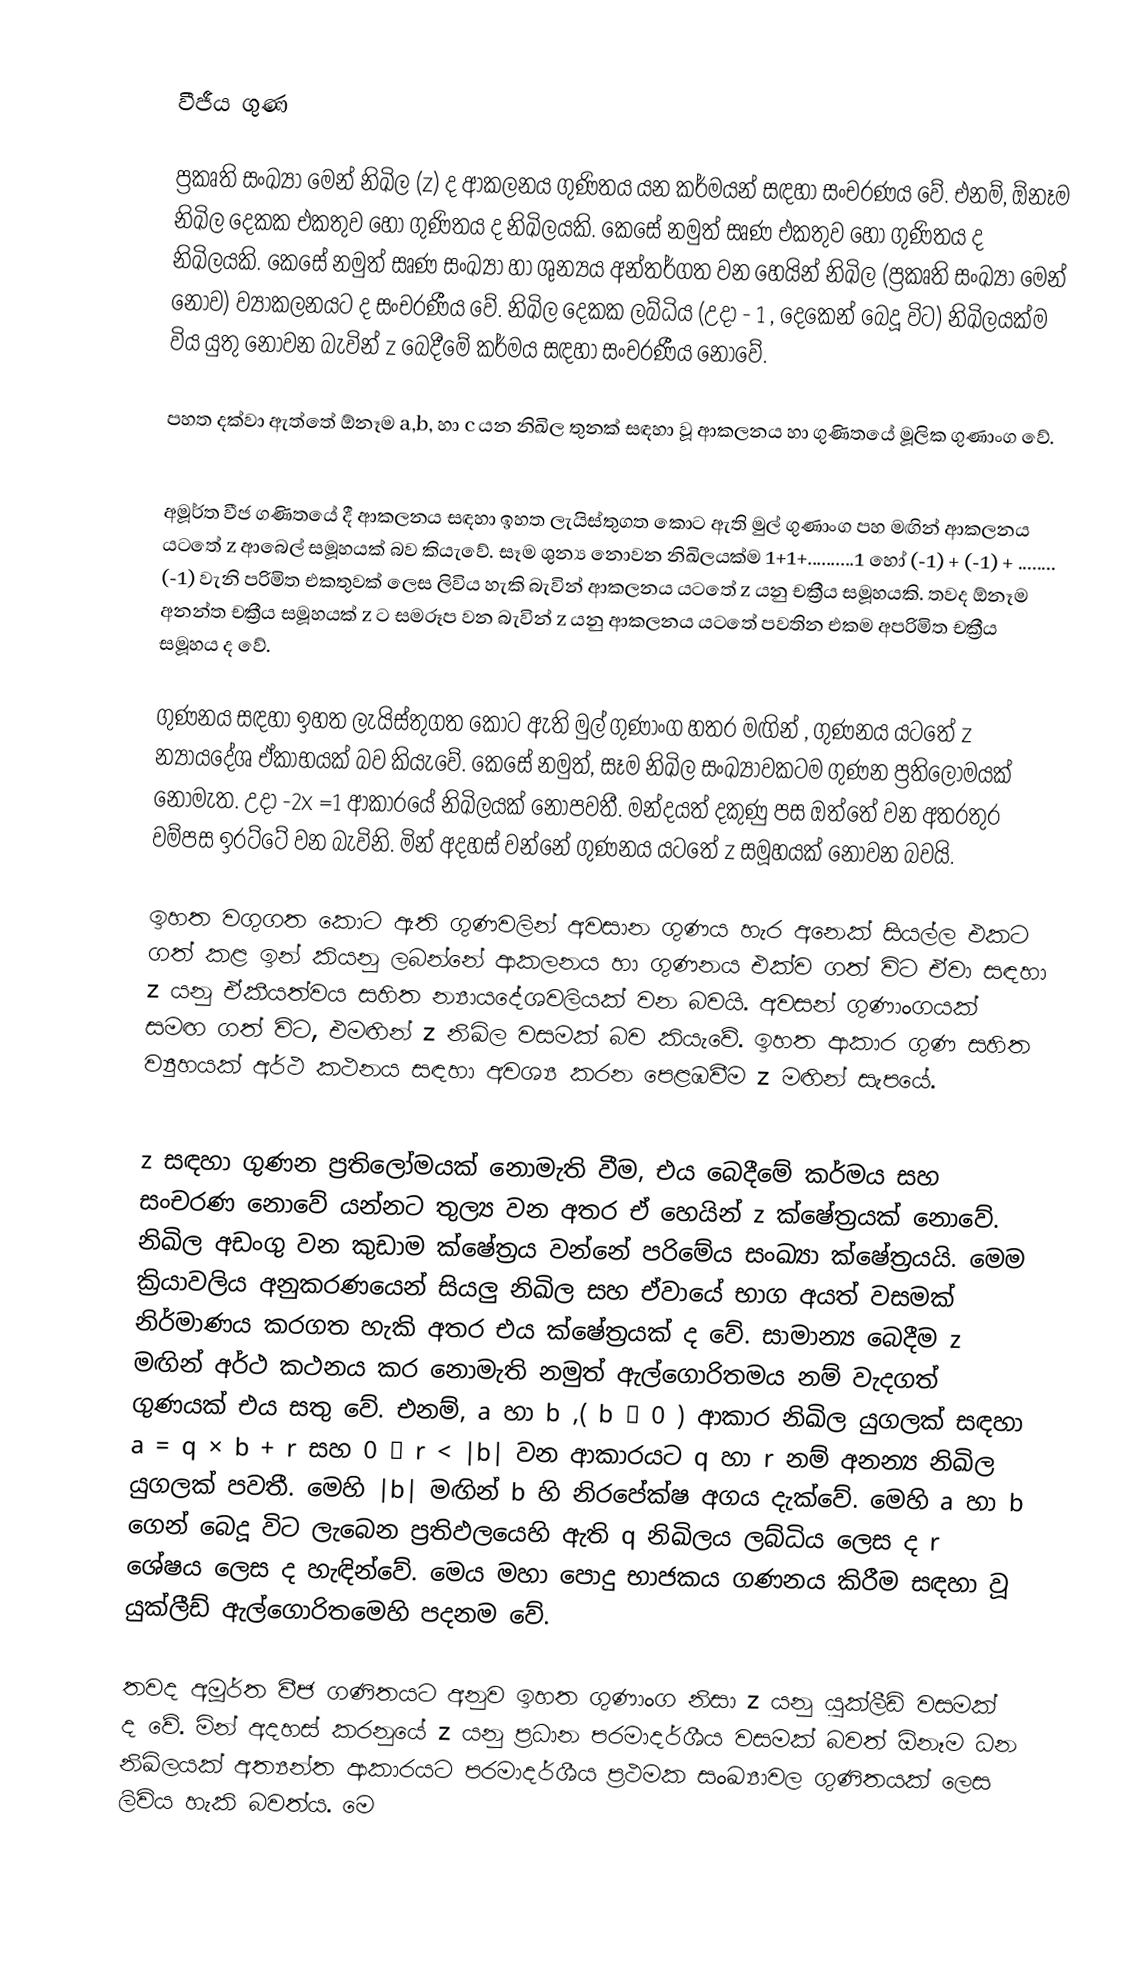

වීජීය ගුණ

ප්‍රකෘති සංඛ්‍යා මෙන් නිඛිල (z) ද ආකලනය ගුණිතය යන කර්මයන් සඳහා සංචරණය වේ. එනම්, ඕනෑම නිඛිල දෙකක එකතුව හෝ ගුණිතය ද නිඛිලයකි. කෙසේ නමුත් සෘණ එකතුව හෝ ගුණිතය ද නිඛිලයකි. කෙසේ නමුත් සෘණ සංඛ්‍යා හා ශුන්‍යය අන්තර්ගත වන හෙයින් නිඛිල (ප්‍රකෘති සංඛ්‍යා මෙන් නොව) ව්‍යාකලනයට ද සංචරණීය වේ. නිඛිල දෙකක ලබ්ධිය (උදා - 1 , දෙකෙන් බෙදූ විට) නිඛිලයක්ම විය යුතු නොවන බැවින් z බෙදීමේ කර්මය සඳහා සංචරණීය නොවේ.

පහත දක්වා ඇත්තේ ඕනෑම a,b, හා c යන නිඛිල තුනක් සඳහා වූ ආකලනය හා ගුණිතයේ මූලික ගුණාංග වේ.

අමූර්ත වීජ ගණිතයේ දී ආකලනය සඳහා ඉහත ලැයිස්තුගත කොට ඇති මුල් ගුණාංග පහ මඟින් ආකලනය යටතේ z ආබෙල් සමූහයක් බව කියැවේ. සෑම ශුන්‍ය නොවන නිඛිලයක්ම 1+1+..........1 හෝ (-1) + (-1) + ........ (-1) වැනි පරිමිත එකතුවක් ලෙස ලිවිය හැකි බැවින් ආකලනය යටතේ z යනු චක්‍රීය සමූහයකි. තවද ඕනෑම අනන්ත චක්‍රීය සමූහයක් z ට සමරූප වන බැවින් z යනු ආකලනය යටතේ පවතින එකම අපරිමිත චක්‍රීය සමූහය ද වේ.

ගුණනය සඳහා ඉහත ලැයිස්තුගත කොට ඇති මුල් ගුණාංග හතර මඟින් , ගුණනය යටතේ z න්‍යායදේශ ඒකාභයක් බව කියැවේ. කෙසේ නමුත්, සෑම නිඛිල සංඛ්‍යාවකටම ගුණන ප්‍රතිලෝමයක් නොමැත. උදා -2x =1 ආකාරයේ නිඛිලයක් නොපවතී. මන්දයත් දකුණු පස ඔත්තේ වන අතරතුර වම්පස ඉරට්ටේ වන බැවිනි. මින් අදහස් වන්නේ ගුණනය යටතේ z සමූහයක් නොවන බවයි.

ඉහත වගුගත කොට ඇති ගුණවලින් අවසාන ගුණය හැර අනෙක් සියල්ල එකට ගත් කළ ඉන් කියනු ලබන්නේ ආකලනය හා ගුණනය එක්ව ගත් විට ඒවා සඳහා z යනු ඒකීයත්වය සහිත න්‍යායදේශවලියක් වන බවයි. අවසන් ගුණාංගයක් සමඟ ගත් විට, එමඟින් z නිඛිල වසමක් බව කියැවේ. ඉහත ආකාර ගුණ සහිත ව්‍යුහයක් අර්ථ කථනය සඳහා අවශ්‍ය කරන පෙළඹවීම z මඟින් සැපයේ.

z සඳහා ගුණන ප්‍රතිලෝමයක් නොමැති වීම, එය බෙදීමේ කර්මය සහ සංචරණ නොවේ යන්නට තුල්‍ය වන අතර ඒ හෙයින් z ක්ෂේත්‍රයක් නොවේ. නිඛිල අඩංගු වන කුඩාම ක්ෂේත්‍රය වන්නේ පරිමේය සංඛ්‍යා ක්ෂේත්‍රයයි. මෙම ක්‍රියාවලිය අනුකරණයෙන් සියලු නිඛිල සහ ඒවායේ භාග අයත් වසමක් නිර්මාණය කරගත හැකි අතර එය ක්ෂේත්‍රයක් ද වේ. සාමාන්‍ය බෙදීම z මඟින් අර්ථ කථනය කර නොමැති නමුත් ඇල්ගොරිතමය නම් වැදගත් ගුණයක් එය සතු වේ. එනම්, a හා b ,( b ≠ 0 ) ආකාර නිඛිල යුගලක් සඳහා a = q × b + r සහ 0 ≤ r < |b| වන ආකාරයට q හා r නම් අනන්‍ය නිඛිල යුගලක් පවතී. මෙහි |b| මඟින් b හි නිරපේක්ෂ අගය දැක්වේ. මෙහි a හා b ගෙන් බෙදූ විට ලැබෙන ප්‍රතිඵලයෙහි ඇති q නිඛිලය ලබ්ධිය ලෙස ද r ශේෂය ලෙස ද හැඳින්වේ. මෙය මහා පොදු භාජකය ගණනය කිරීම සඳහා වූ යුක්ලීඩ් ඇල්ගොරිතමෙහි පදනම වේ.

තවද අමූර්ත වීජ ගණිතයට අනුව ඉහත ගුණාංග නිසා z යනු යුක්ලීඩ් වසමක් ද වේ. මින් අදහස් කරනුයේ z යනු ප්‍රධාන පරමාදර්ශීය වසමක් බවත් ඕනෑම ධන නිඛිලයක් අත්‍යන්ත ආකාරයට පරමාදර්ශීය ප්‍රථමක සංඛ්‍යාවල ගුණිතයක් ලෙස ලිවිය හැකි බවත්ය. මෙ